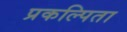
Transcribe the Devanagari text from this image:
प्रकल्पिता